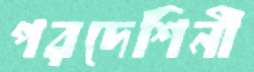
পরদেশিনী